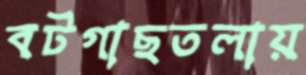
বটগাছতলায়